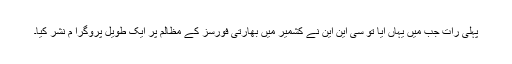
پہلی رات جب میں یہاں آیا تو سی این این نے کشمیر میں بھارتی فورسز کے مظالم پر ایک طویل پروگرا م نشر کیا۔